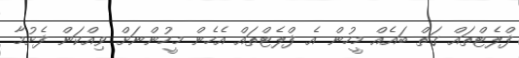
ފްލެޓްތައް ގަތް ބައެއް މީހުން އެ ފްލެޓްތައް އެހެން މީހުންނަށް ވިއްކަން ފެށުމާ